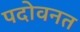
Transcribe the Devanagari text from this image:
पदोवनत